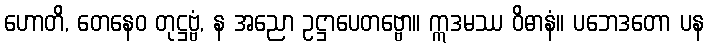
ဟောတိ, တေနေဝ တုဋ္ဌဗ္ဗံ, န အညော ဥဋ္ဌာပေတဗ္ဗော။ ဣဒမဿ ဝိဓာနံ။ ပဘေဒတော ပန